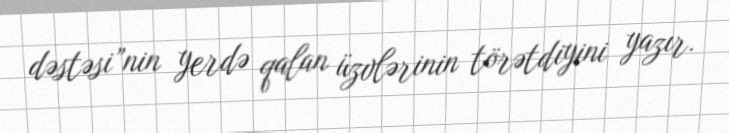
dəstəsi”nin yerdə qalan üzvlərinin törətdiyini yazır.